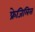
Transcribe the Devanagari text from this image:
फ्रेजिलिस